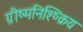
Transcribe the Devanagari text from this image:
ग्रीष्मनिश्ष्क्रिय